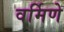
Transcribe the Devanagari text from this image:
वर्मिणे